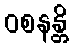
ဝစနန္တိ